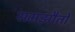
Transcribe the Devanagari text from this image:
समझौतो